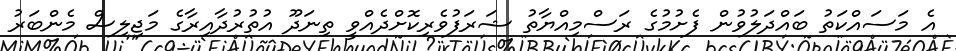
އެ މަސައްކަތު ބައްދަލުވުން ފެށުމުގެ ރަސްމިއްޔާތު ޝަރަފުވެރިކޮށްދެއްވީ ތިނަދޫ އުތުރުދާއިރާގެ މަޖިލިސް މެންބަރު